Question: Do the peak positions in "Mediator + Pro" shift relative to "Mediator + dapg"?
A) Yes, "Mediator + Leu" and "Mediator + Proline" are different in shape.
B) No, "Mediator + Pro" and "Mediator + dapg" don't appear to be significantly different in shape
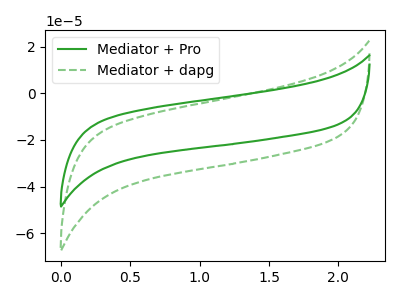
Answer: <think>The green curve "Mediator + Pro" has no peaks. The green dashed curve "Mediator + dapg" has no peaks.
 Neither "Mediator + Pro" or "Mediator + dapg" have any peaks.</think>
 <answer>B) No, "Mediator + Pro" and "Mediator + dapg" don't appear to be significantly different in shape</answer>
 <eval>B</eval>